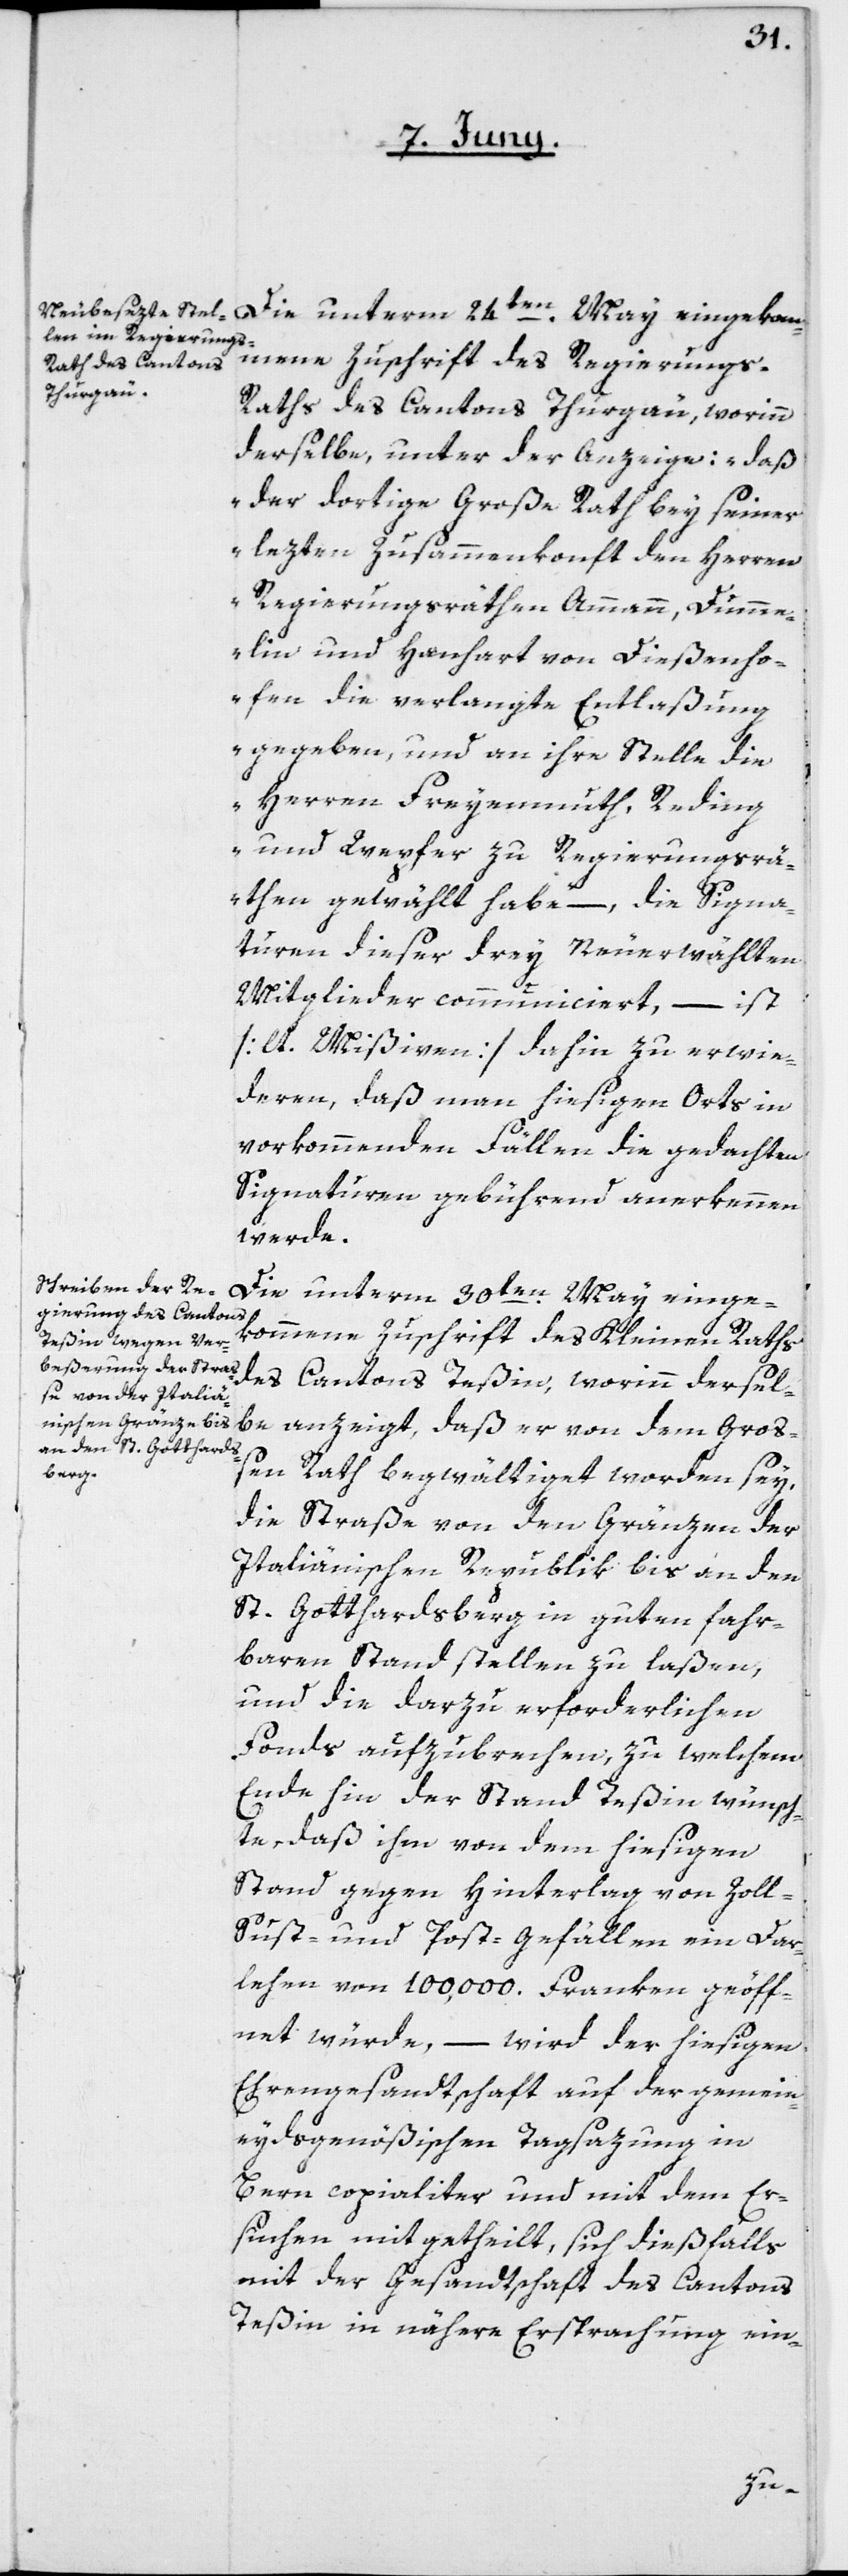
Die unterm 24ten May eingekom¬
mene Zuschrift des Regierungs-R¬
aths des Cantons Thurgau, worinn
derselbe, unter der Anzeige, „daß
der dortige Große Rath bey seiner
lezten Zusammenkonft den Herren
Regierungsräthen Ammann, Dumme¬
lin und Hanhart von Dießenho¬
fen die verlangte Entlaßung
gegeben, und an ihre Stelle die
Herren Freyenmuth, Reding
und Wepfer zu Regierungsrä¬
then gewählt habe“, – die Signa¬
turen dieser drey neuerwählten
Mitglieder communiciert, – ist
[lt. Mißiven] dahin zu erwie¬
deren, daß man hiesigen Orts in
vorkommenden Fällen die gedachten
Signaturen gebührend anerkennen
werde.
Die unterm 30ten May einge¬
kommene Zuschrift des Kleinen Raths
des Cantons Teßin, worinn dersel¬
be anzeigt, daß er von dem Groß¬
en Rath begwältiget worden sey,
die Straße von den Gränzen der
Italiänischen Republik bis an den
St. Gotthardsberg in guten fahr¬
baren Stand stellen zu laßen,
und die darzu erforderlichen
Fonds aufzubrechen, zu welchem
Ende hin der Stand Teßin wünsch¬
te, daß ihm von dem hiesigen
Stand gegen Hinterlag von Zoll-[,]
Sust- und Post-Gefällen ein Dar¬
lehen von 100,000. Franken geöff¬
net würde, – wird der hiesigen
Ehrengesandtschaft auf der gemein¬
eydsgenößischen Tagsazung in
Bern copialiter und mit dem Er¬
suchen mitgetheilt, sich dießfalls
mit der Gesandtschaft des Cantons
Teßin in nähere Ersprachung ein-